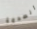
الصدمة